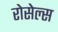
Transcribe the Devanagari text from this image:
रोसेल्स